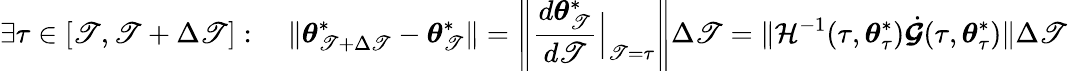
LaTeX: \exists\tau\in[\mathscr{T},\mathscr{T}+\Delta\mathscr{T}]:\quad\lVert{\boldsymbol{\theta}}_{\mathscr{T}+\Delta\mathscr{T}}^{*}-{\boldsymbol{\theta}}_{\mathscr{T}}^{*}\rVert=\left\lVert\frac{{d{\boldsymbol{\theta}}_{\mathscr{T}}^{*}}}{{d\mathscr{T}}}\Big|_{\mathscr{T}=\tau}\right\rVert\Delta\mathscr{T}=\lVert\mathcal{{H}}^{-1}(\tau,{\boldsymbol{\theta}}_{\tau}^{*})\dot{{\boldsymbol{\mathcal{{G}}}}}(\tau,{\boldsymbol{\theta}}_{\tau}^{*})\rVert\Delta\mathscr{T}